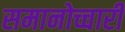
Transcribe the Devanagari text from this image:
समानोच्चारी